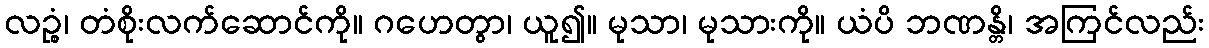
လဉ္စံ၊ တံစိုးလက်ဆောင်ကို။ ဂဟေတွာ၊ ယူ၍။ မုသာ၊ မုသားကို။ ယံပိ ဘဏန္တိ၊ အကြင်လည်း